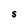
Character: S